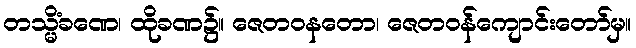
တသ္မိံခဏေ၊ ထိုခဏ၌။ ဇေတဝနတော၊ ဇေတဝန်ကျောင်းတော်မှ။